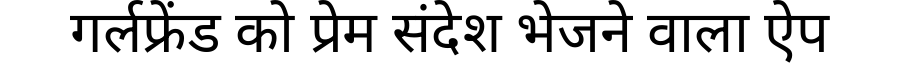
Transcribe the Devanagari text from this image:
गर्लफ्रेंड को प्रेम संदेश भेजने वाला ऐप